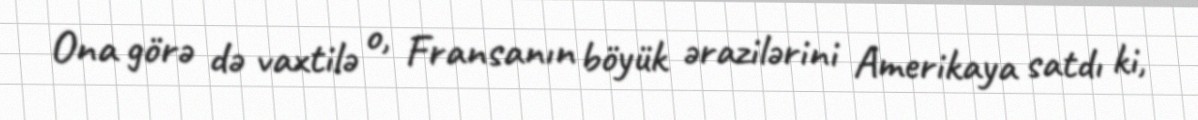
Ona görə də vaxtilə o, Fransanın böyük ərazilərini Amerikaya satdı ki,